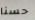
حسنا